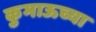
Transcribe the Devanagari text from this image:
कुमाऊच्या